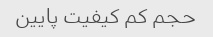
حجم کم کیفیت پایین